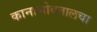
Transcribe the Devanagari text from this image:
कानाभोवतालचा